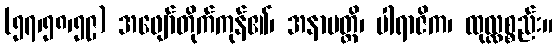
(၅၇၊၅၈၊၅၉) အဖျော်တိုက်ကုန်၏၊ အနာပတ္တိ၊ ပါရာဇိက၊ ထုလ္လစ္စည်း။